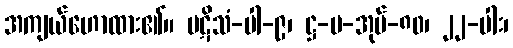
အကျယ်ဟောထား၏။ ပဋိသံ-ပါ-၉၊ ဋ္ဌ-ပ-အုပ်-၈၀၊ ၂၂-ပါး၊